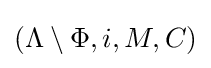
(\Lambda \setminus \Phi ,i,M,C)